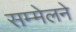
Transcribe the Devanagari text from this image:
सम्मेलने